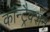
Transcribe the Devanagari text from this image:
कॉन्ट्रैक्शन